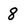
Character: 8